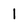
Character: 1